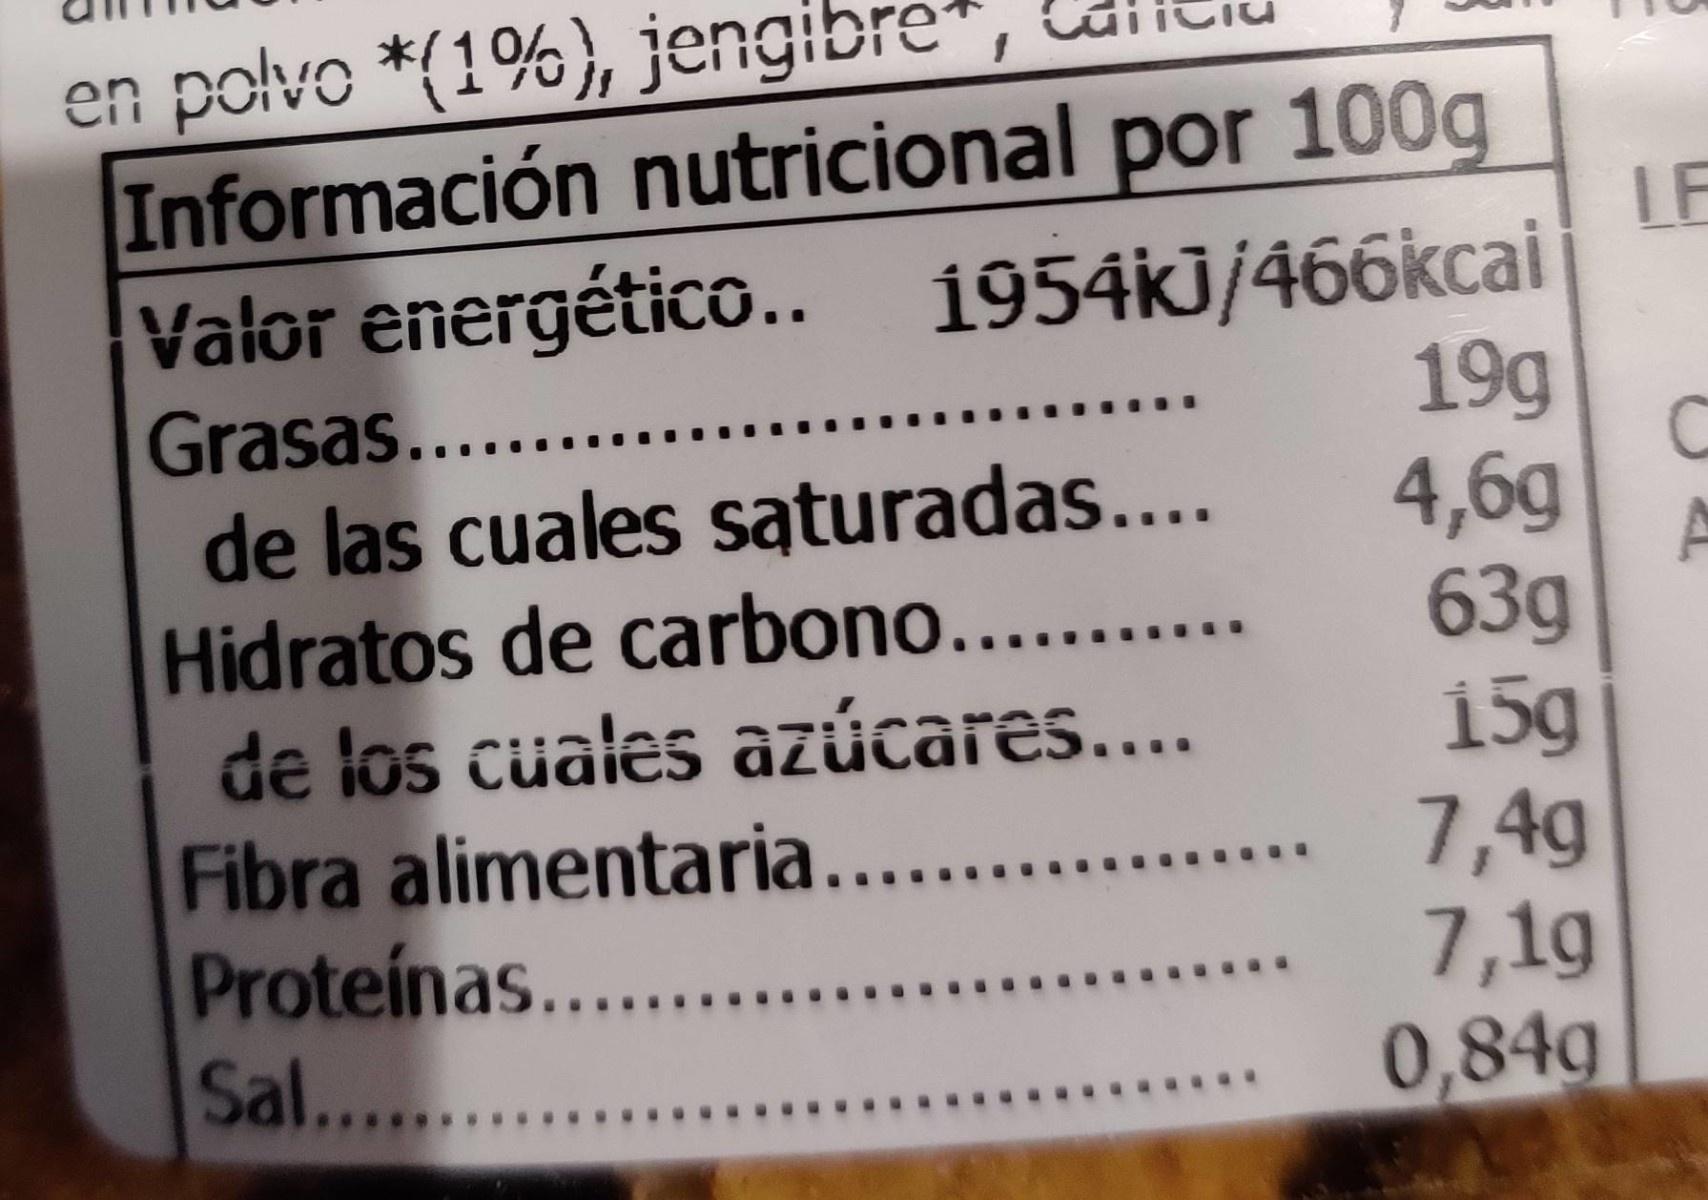
en polvo *(1%), jengibre*, Información nutricional por Valor energético.. 1954kj/466kcai Grasas.... de las cuales sąturadas.... Hidratos de carbono...... de los cuales azúcares.... Fibra alimentaria..... Proteínas..... Sal......
100g LF
19g 4,6g
A 63g 15g 7,4g 7,1g 0,84g